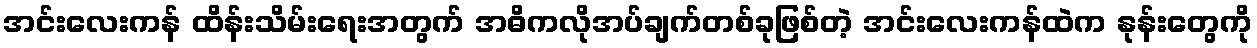
အင်းလေးကန် ထိန်းသိမ်းရေးအတွက် အဓိကလိုအပ်ချက်တစ်ခုဖြစ်တဲ့ အင်းလေးကန်ထဲက နုန်းတွေကို